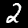
Label: 2